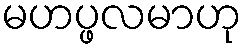
မဟပ္ဖလမာဟု